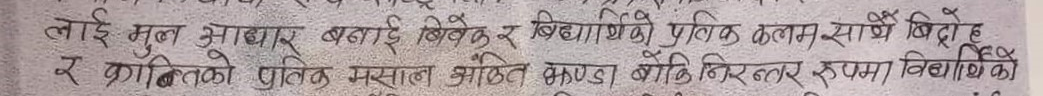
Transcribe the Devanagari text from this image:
लाई मुल आभार बधाई दिएर विद्यार्थीको प्रतीक कलम साथै बिदो
र क्रान्तिको पवित्र मसाल ओठे खण्ड बोकि निरन्तर रुपमा विद्यार्थीको